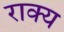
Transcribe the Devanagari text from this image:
राक्य